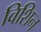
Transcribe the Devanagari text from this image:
विशिन